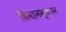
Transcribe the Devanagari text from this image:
विमानस्थान